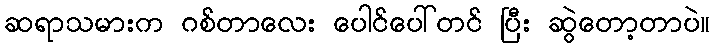
ဆရာသမားက ဂစ်တာလေး ပေါင်ပေါ်တင် ပြီး ဆွဲတော့တာပဲ။